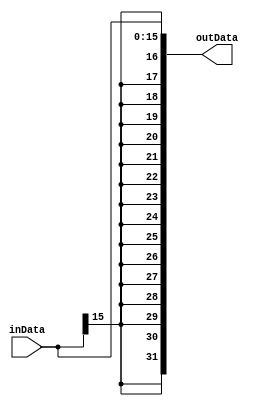
`timescale 1ns / 1ps
//////////////////////////////////////////////////////////////////////////////////
// Company: 
// Engineer: 
// 
// Design Name: 
// Module Name: signExtern
// Project Name: 
// Target Devices: 
// Tool Versions: 
// Description: 
// 
// Dependencies: 
// 
// Revision:
// Revision 0.01 - File Created
// Additional Comments:
// 
//////////////////////////////////////////////////////////////////////////////////


module signExtern #(parameter inWidth=16,outWidth=32)(

input   [inWidth-1:0] inData,
output  [outWidth-1:0] outData
);

assign outData = {{(outWidth-inWidth){inData[inWidth-1]}},inData};

endmodule